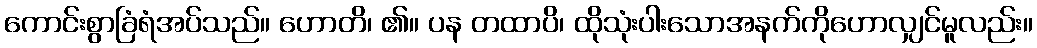
ကောင်းစွာခြံရံအပ်သည်။ ဟောတိ၊ ၏။ ပန တထာပိ၊ ထိုသုံးပါးသောအနက်ကိုဟောလျှင်မူလည်း။